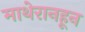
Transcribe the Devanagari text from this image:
माथेरानहून